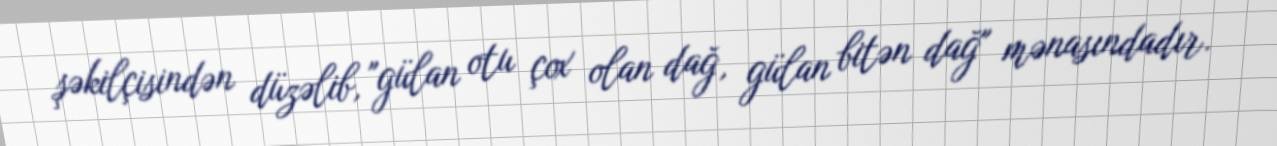
şəkilçisindən düzəlib, "gülan otu çox olan dağ, gülan bitən dağ" mənasındadır.